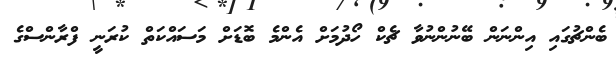
ބެންޗުގައި އިންނަން ބޭނުންނުވާ ޗެކް ހޯދުމަށް އެންމެ ބޮޑަށް މަސައްކަތް ކުރަނީ ފްރާންސްގެ